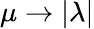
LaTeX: \mu\rightarrow|\lambda|